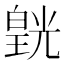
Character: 皝